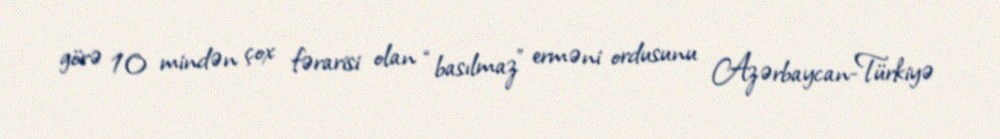
görə 10 mindən çox fərarisi olan “basılmaz” erməni ordusunu Azərbaycan-Türkiyə